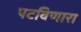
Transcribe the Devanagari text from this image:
पटविणारा